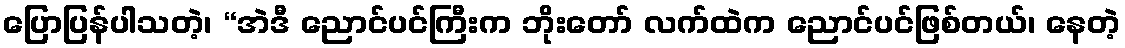
ပြောပြန်ပါသတဲ့၊ “အဲဒီ ညောင်ပင်ကြီးက ဘိုးတော် လက်ထဲက ညောင်ပင်ဖြစ်တယ်၊ နေတဲ့